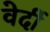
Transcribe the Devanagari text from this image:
वेर्दी